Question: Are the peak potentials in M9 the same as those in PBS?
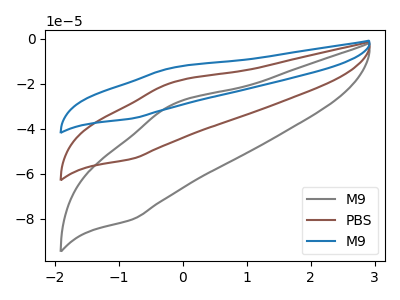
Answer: <think>The gray curve "M9" has an anodic peak at (-0.20V, -29.50uA) and a cathodic peak at (-0.80V, -80.25uA). The brown curve "PBS" has an anodic peak at (-0.20V, -19.60uA) and a cathodic peak at (-0.80V, -53.30uA). The blue curve "M9" has an anodic peak at (-0.20V, -39.20uA) and a cathodic peak at (-0.80V, -106.60uA).</think>
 <answer>Yes, "M9" have a peak in "PBS" at the same potential.</answer>
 <eval>match</eval>